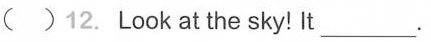
()12.Look at the sky! It ___.